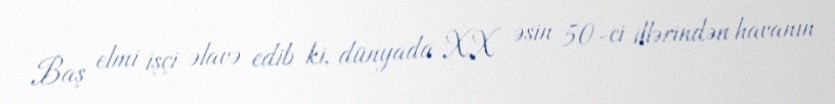
Baş elmi işçi əlavə edib ki, dünyada XX əsin 50-ci illərindən havanın